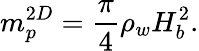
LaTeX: m_{p}^{2D}=\frac{\pi}{4}\rho_{w}H_{b}^{2}.